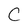
Character: C